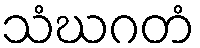
သံဃဂတံ